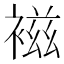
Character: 𧛏